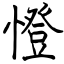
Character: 憕